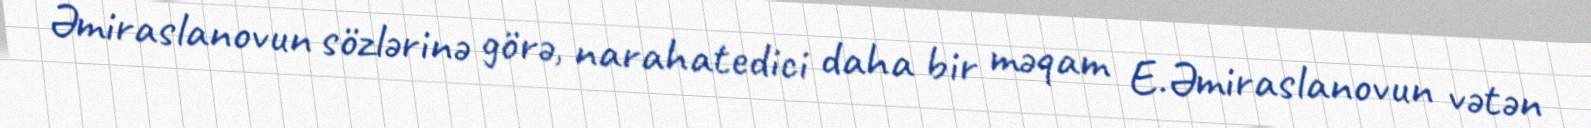
Əmiraslanovun sözlərinə görə, narahatedici daha bir məqam E.Əmiraslanovun vətən